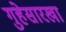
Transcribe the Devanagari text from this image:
गुहेसारखा